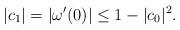
LaTeX: \begin{align*}|c_1|=|\omega'(0)|\leq 1-|c_0|^2.\end{align*}